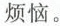
烦恼。